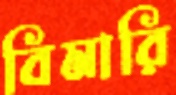
বিমারি